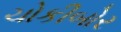
ચોકીબોર